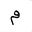
Letter: _mim